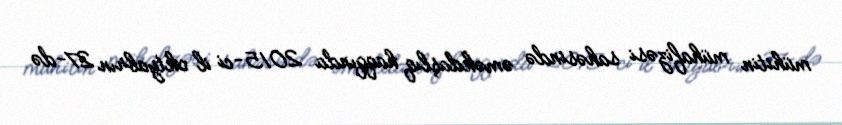
mühitin mühafizəsi sahəsində əməkdaşlıq haqqında 2015-ci il oktyabrın 27-də